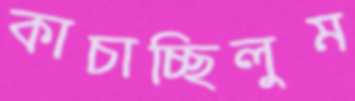
কাচাচ্ছিলুম